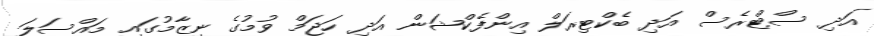
އަދި ސްޓްރެސް އަދި ބެކްޓިރަލް އިންފެކްޝަން އަދި ހަޖަމް ވުމުގެ ނިޒާމުގައި މައްސަލަ